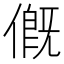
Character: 𠌰